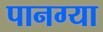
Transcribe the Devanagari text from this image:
पानग्या